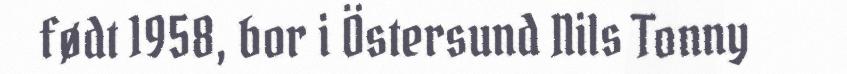
født 1958, bor i Östersund Nils Tonny